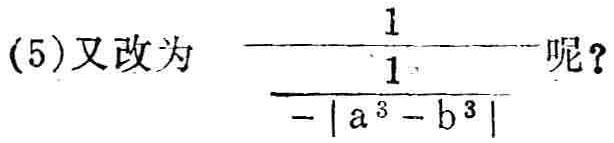
\(\frac{1}{-\left|a^{3}-b^{3}\right|}\)